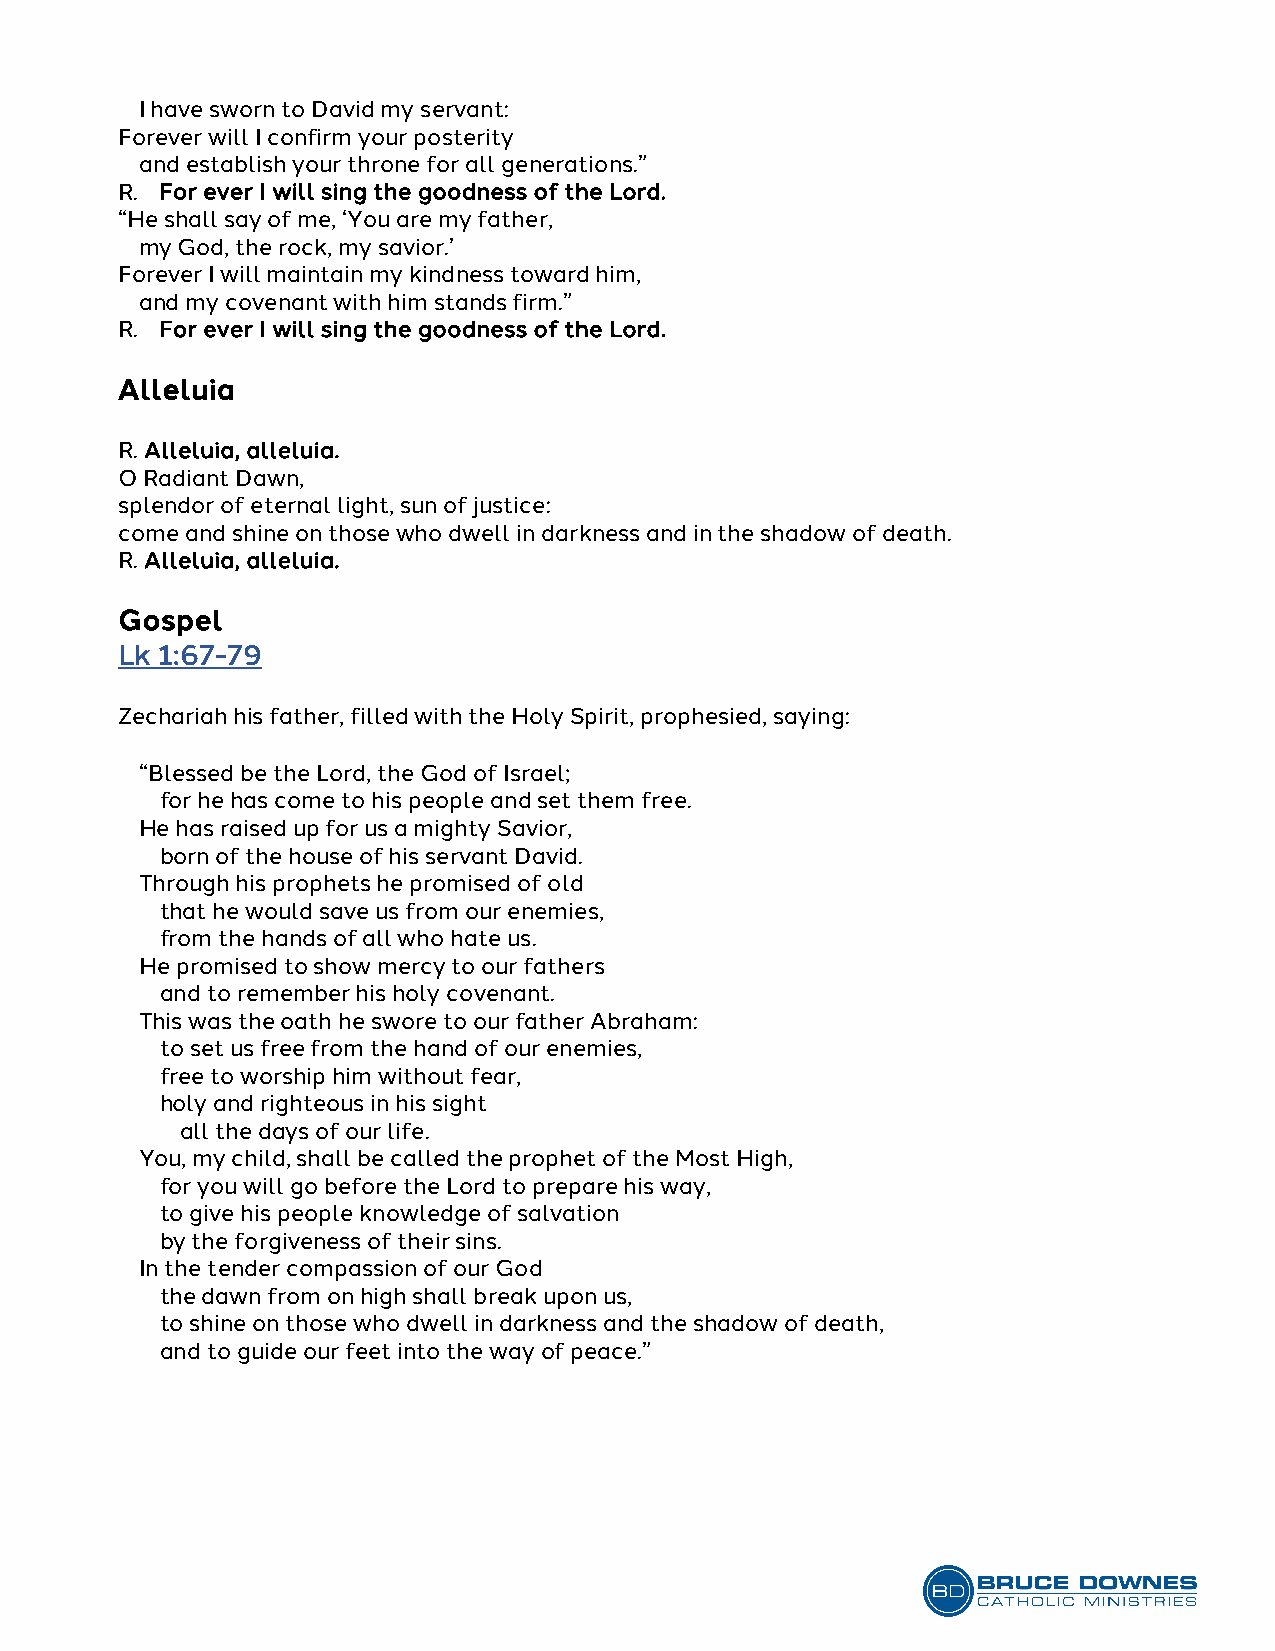
I have sworn to David my servant:
 Forever will I confirm your posterity
 and establish your throne for all generations.”
 R. For ever I will sing the goodness of the Lord.
 “He shall say of me, ‘You are my father,
 my God, the rock, my savior.’
 Forever I will maintain my kindness toward him,
 and my covenant with him stands firm.”
 R. For ever I will sing the goodness of the Lord.
 Alleluia
 R. Alleluia, alleluia.
 O Radiant Dawn,
 splendor of eternal light, sun of justice:
 come and shine on those who dwell in darkness and in the shadow of death.
 R. Alleluia, alleluia.
 Gospel
 Lk 1:67-79
 Zechariah his father, filled with the Holy Spirit, prophesied, saying:
 “Blessed be the Lord, the God of Israel;
 for he has come to his people and set them free.
 He has raised up for us a mighty Savior,
 born of the house of his servant David.
 Through his prophets he promised of old
 that he would save us from our enemies,
 from the hands of all who hate us.
 He promised to show mercy to our fathers
 and to remember his holy covenant.
 This was the oath he swore to our father Abraham:
 to set us free from the hand of our enemies,
 free to worship him without fear,
 holy and righteous in his sight
 all the days of our life.
 You, my child, shall be called the prophet of the Most High,
 for you will go before the Lord to prepare his way,
 to give his people knowledge of salvation
 by the forgiveness of their sins.
 In the tender compassion of our God
 the dawn from on high shall break upon us,
 to shine on those who dwell in darkness and the shadow of death,
 and to guide our feet into the way of peace.”